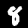
Label: 8